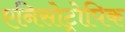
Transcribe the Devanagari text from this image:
एनिसोट्रोपिक